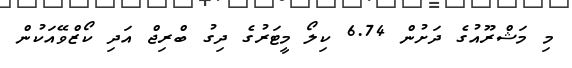
މި މަޝްރޫއުގެ ދަށުން 6.74 ކިލޯ މީޓަރުގެ ދިގު ބްރިޖް އަދި ކޯޒްވޭއަކުން